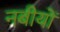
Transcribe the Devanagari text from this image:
नबीयों